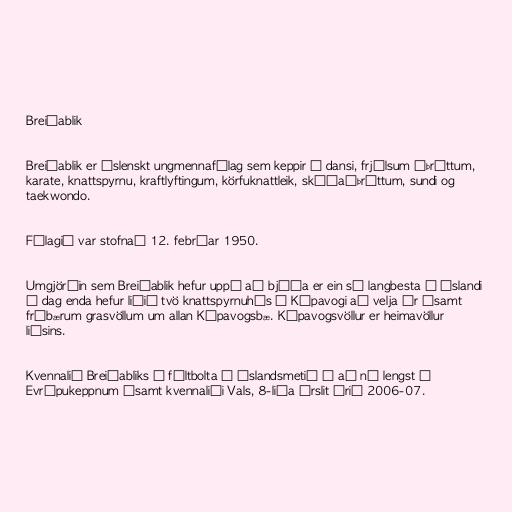
Breiðablik

Breiðablik er íslenskt ungmennafélag sem keppir í dansi, frjálsum íþróttum,
karate, knattspyrnu, kraftlyftingum, körfuknattleik, skíðaíþróttum, sundi og
taekwondo.

Félagið var stofnað 12. febrúar 1950.

Umgjörðin sem Breiðablik hefur uppá að bjóða er ein sú langbesta á Íslandi
í dag enda hefur liðið tvö knattspyrnuhús í Kópavogi að velja úr ásamt
frábærum grasvöllum um allan Kópavogsbæ. Kópavogsvöllur er heimavöllur
liðsins.

Kvennalið Breiðabliks í fóltbolta á Íslandsmetið í að ná lengst í
Evrópukeppnum ásamt kvennaliði Vals, 8-liða úrslit árið 2006-07.